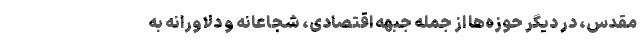
مقدس، در دیگر حوزه‌ها از جمله جبهه اقتصادی، شجاعانه و دلاورانه به